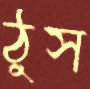
ঠুস